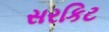
સરકિટ